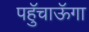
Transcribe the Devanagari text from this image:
पहुॅचाऊॅगा